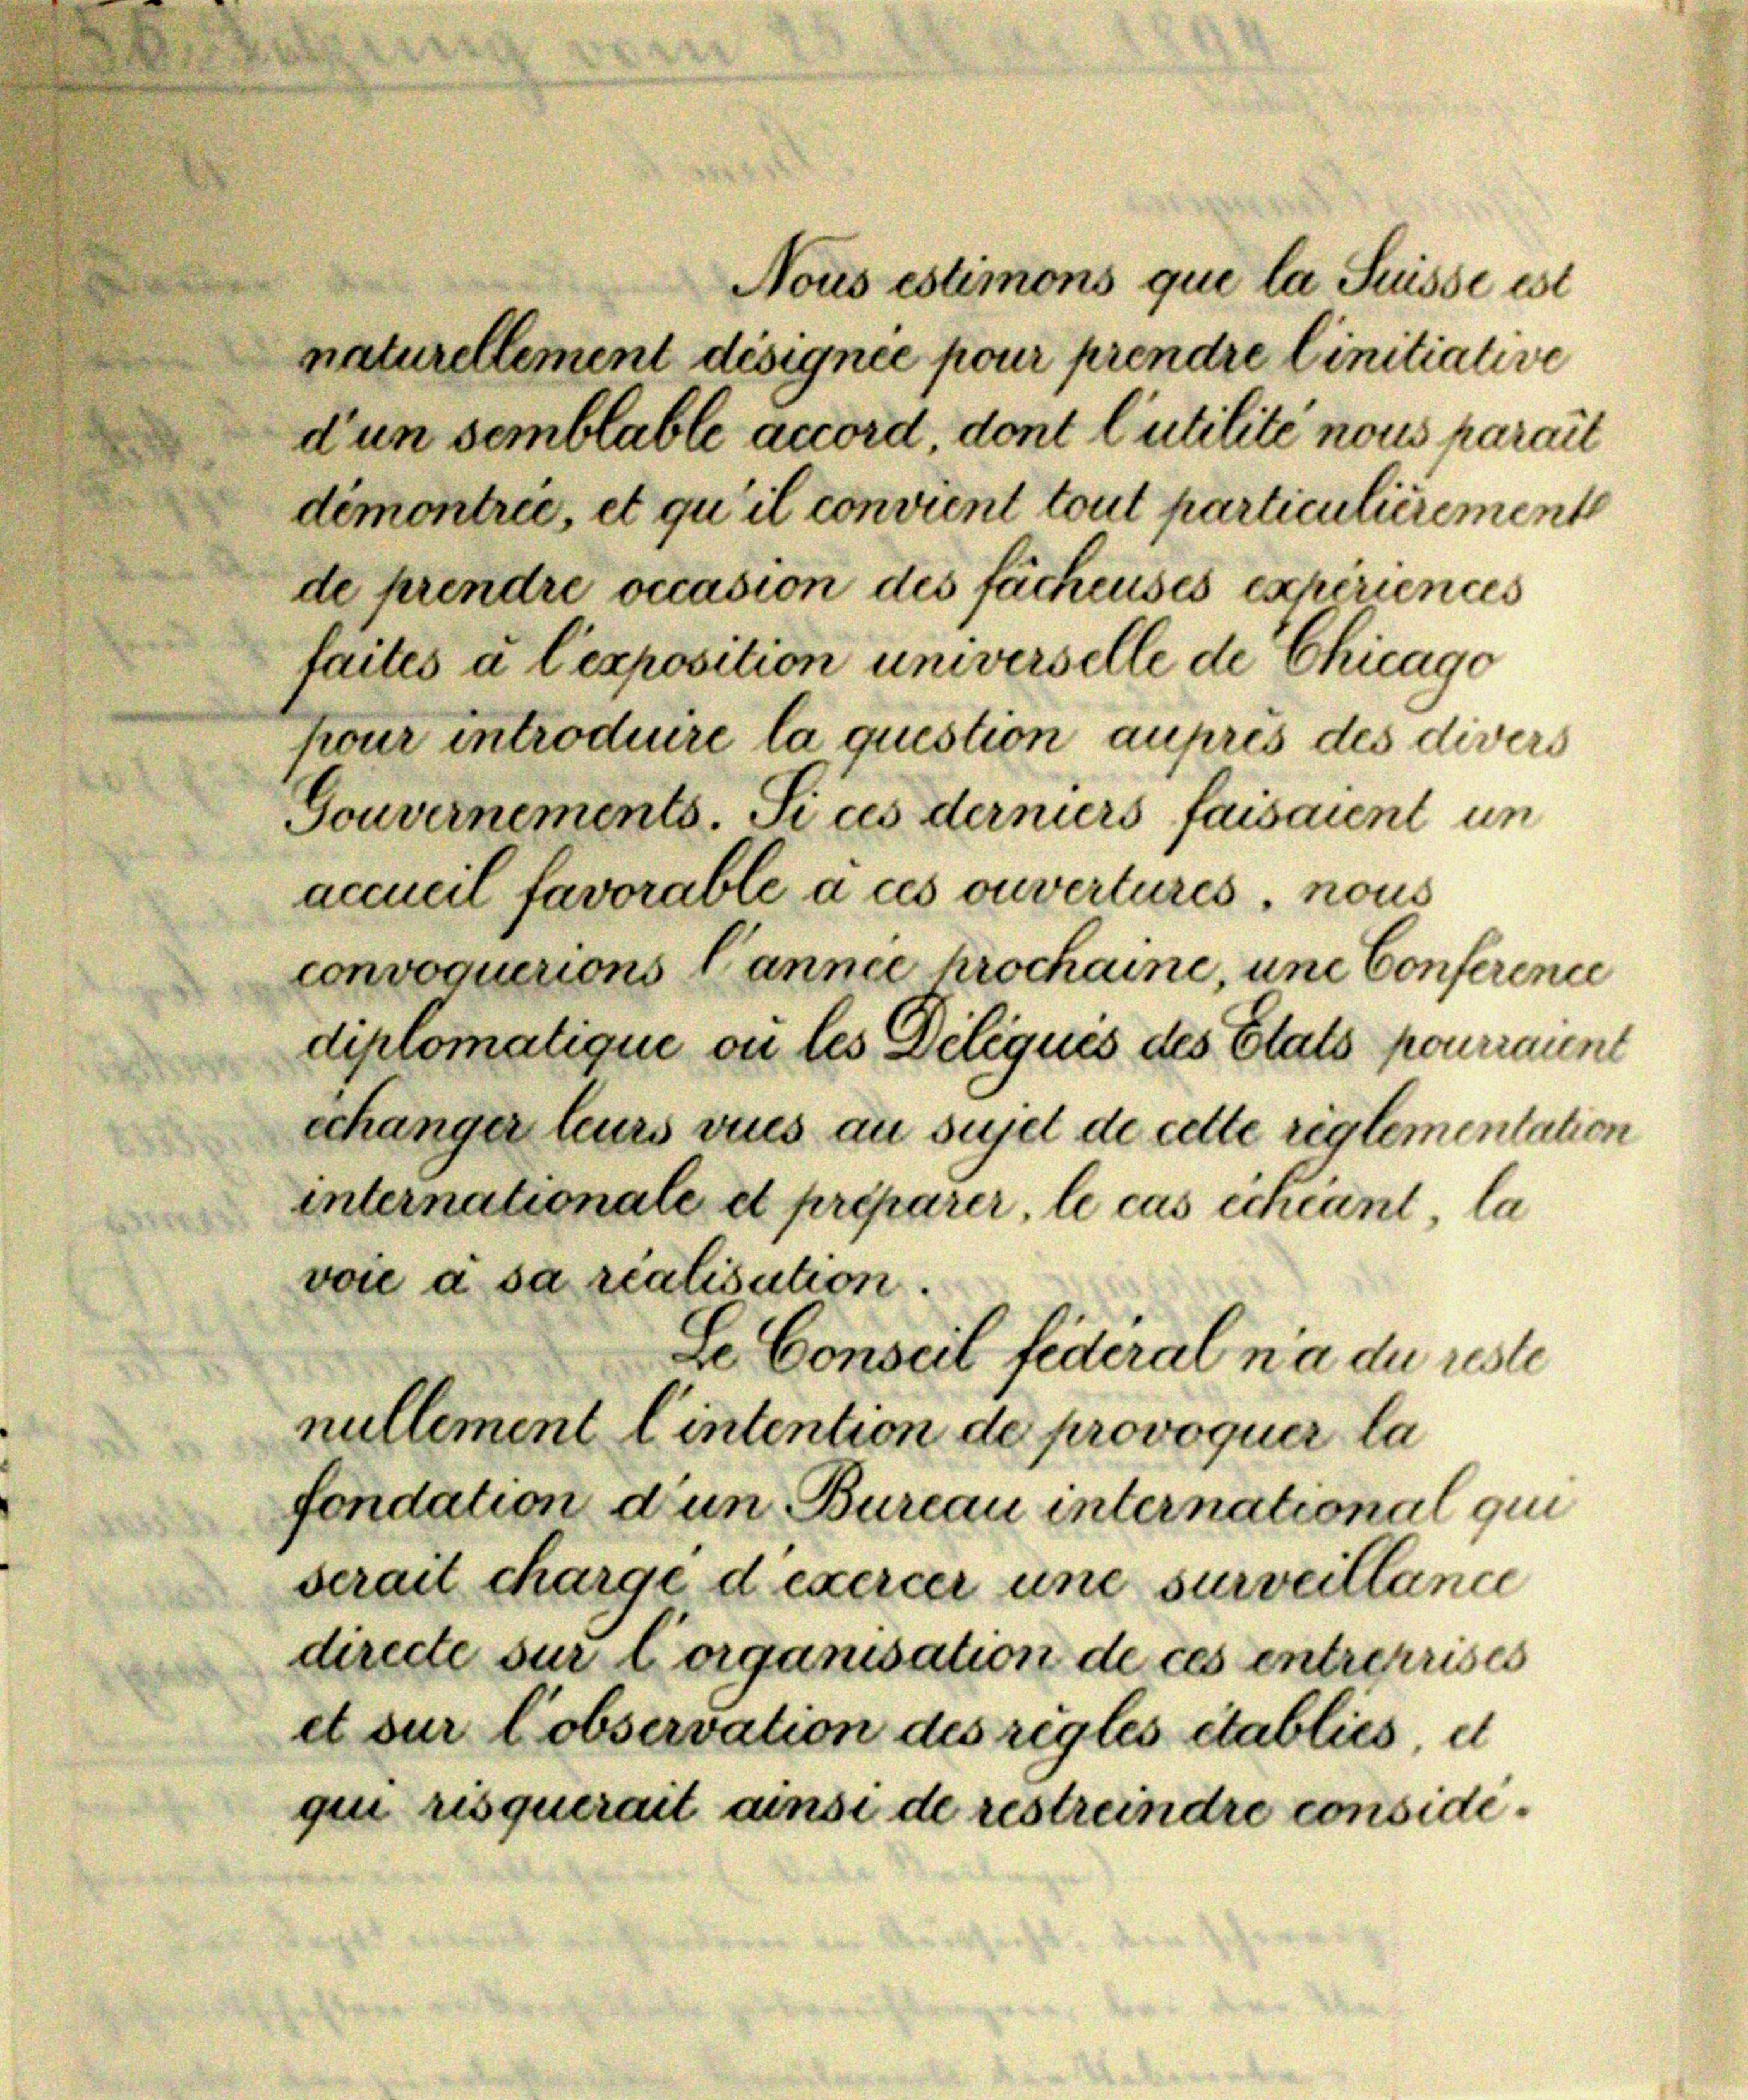
Nous estimons que la Suisse est
naturellement désignée pour prendre Linitiative
dun semblable accord dont l’utilité nous parait
démontrie, et qu’il convient tout particulierement
de prendre occasion des fächenses experiences
faites à l’exposition universelle de Chicage
pour introduire la question aufres des divers
Gouvernements. Si ces derniers faisaient un
accueil favorable à ces ouvertures, nous
convoquerions Cannie krochaine, und Conference

diplomatique ou les Deliques des Etats pourrannt
schänger leurs vues au sujet de cette reglementation
internationale et préparer, le cas échéant, la
voie à sa réalisation.
Se Conseil fédéral n’a du reste
nullement l’intention de provoquer la
fondation dun Bureau international qui
serait charge d exercer une surveillance
directe sur Corganisation de ces entreprises
et sur lobservation des règles établics, d
qui risquerait ainsi de restreindre conside¬